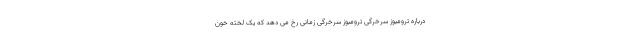
درباره ترومبوز سرخرگی ترومبوز سرخرگی زمانی رخ می دهد که یک لخته خون